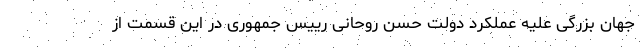
جهان بزرگی علیه عملکرد دولت حسن روحانی رییس جمهوری در این قسمت از